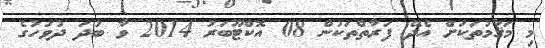
މި މަޤާމުތަކަށް އެދޭ ފަރާތްތަކުން 08 އޮކްޓޫބަރު 2014 ވާ ބުދަ ދުވަހުގެ